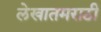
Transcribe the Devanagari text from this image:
लेखातमराठी